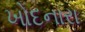
ખોદનારા